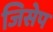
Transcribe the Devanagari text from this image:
जिसेप